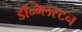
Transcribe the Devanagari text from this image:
डन्ग्लिस्टन